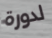
لدورة